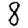
Digit: 8